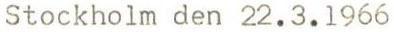
Stockholm den 22.3.1966